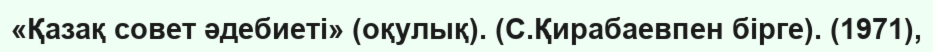
«Қазақ совет әдебиеті» (оқулық). (С.Қирабаевпен бірге). (1971),